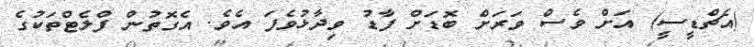
(އެޗްޑީސީ) އަށް ވެސް ވަރަށް ބޮޑަށް ފާޑު ވިދާޅުވެފަ އެވެ. އެގޮތުން ފްލެޓްތަކުގެ